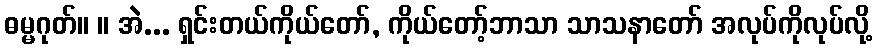
ဓမ္မဂုတ်။ ။ အဲ... ရှင်းတယ်ကိုယ်တော်, ကိုယ်တော့်ဘာသာ သာသနာတော် အလုပ်ကိုလုပ်လို့